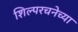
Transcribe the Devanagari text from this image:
शिल्परचनेच्या